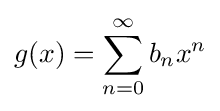
g(x)=\sum _{n=0}^{\infty }{b_{n}}x^{n}